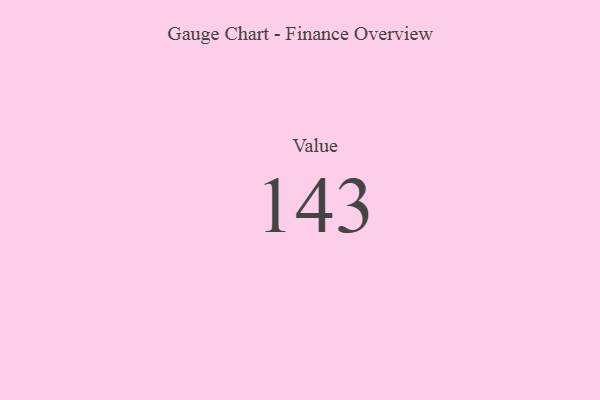
{"axis": {"x": "Metric", "y": "Value"}, "legend": [""], "data": [{"x": "Value", "y": 143, "type": ""}]}